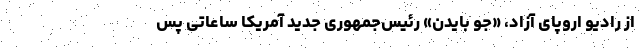
از رادیو اروپای آزاد، «جو بایدن» رئیس‌جمهوری جدید آمریکا ساعاتی پس